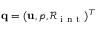
{ \bf q } = ( { \bf u } , p , \mathcal { R } _ { \mathrm { ~ i ~ n ~ t ~ } } ) ^ { T }